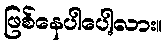
ဖြစ်နေပါပေါ့လား။